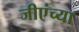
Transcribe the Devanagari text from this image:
जीएंच्या